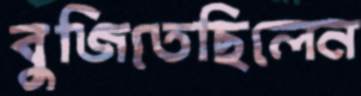
বুজিতেছিলেন